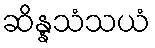
ဆိန္နသံသယံ